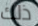
ذلك